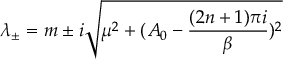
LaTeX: \lambda _ { \pm } = m \pm i \sqrt { \mu ^ { 2 } + ( A _ { 0 } - \frac { ( 2 n + 1 ) \pi i } { \beta } ) ^ { 2 } }